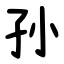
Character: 孙